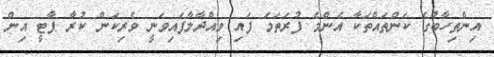
އިންތިހާބުގެ ކަންތައްތަކާ އެންމެ ފުރަތަމަ ފައި ވިއްދާލާފައިވަނީ ވެރިކަން ކުރާ ޕާޓީ އިން